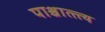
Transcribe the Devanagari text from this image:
पाश्चात्त्त्य